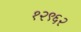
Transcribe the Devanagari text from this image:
१२९६२